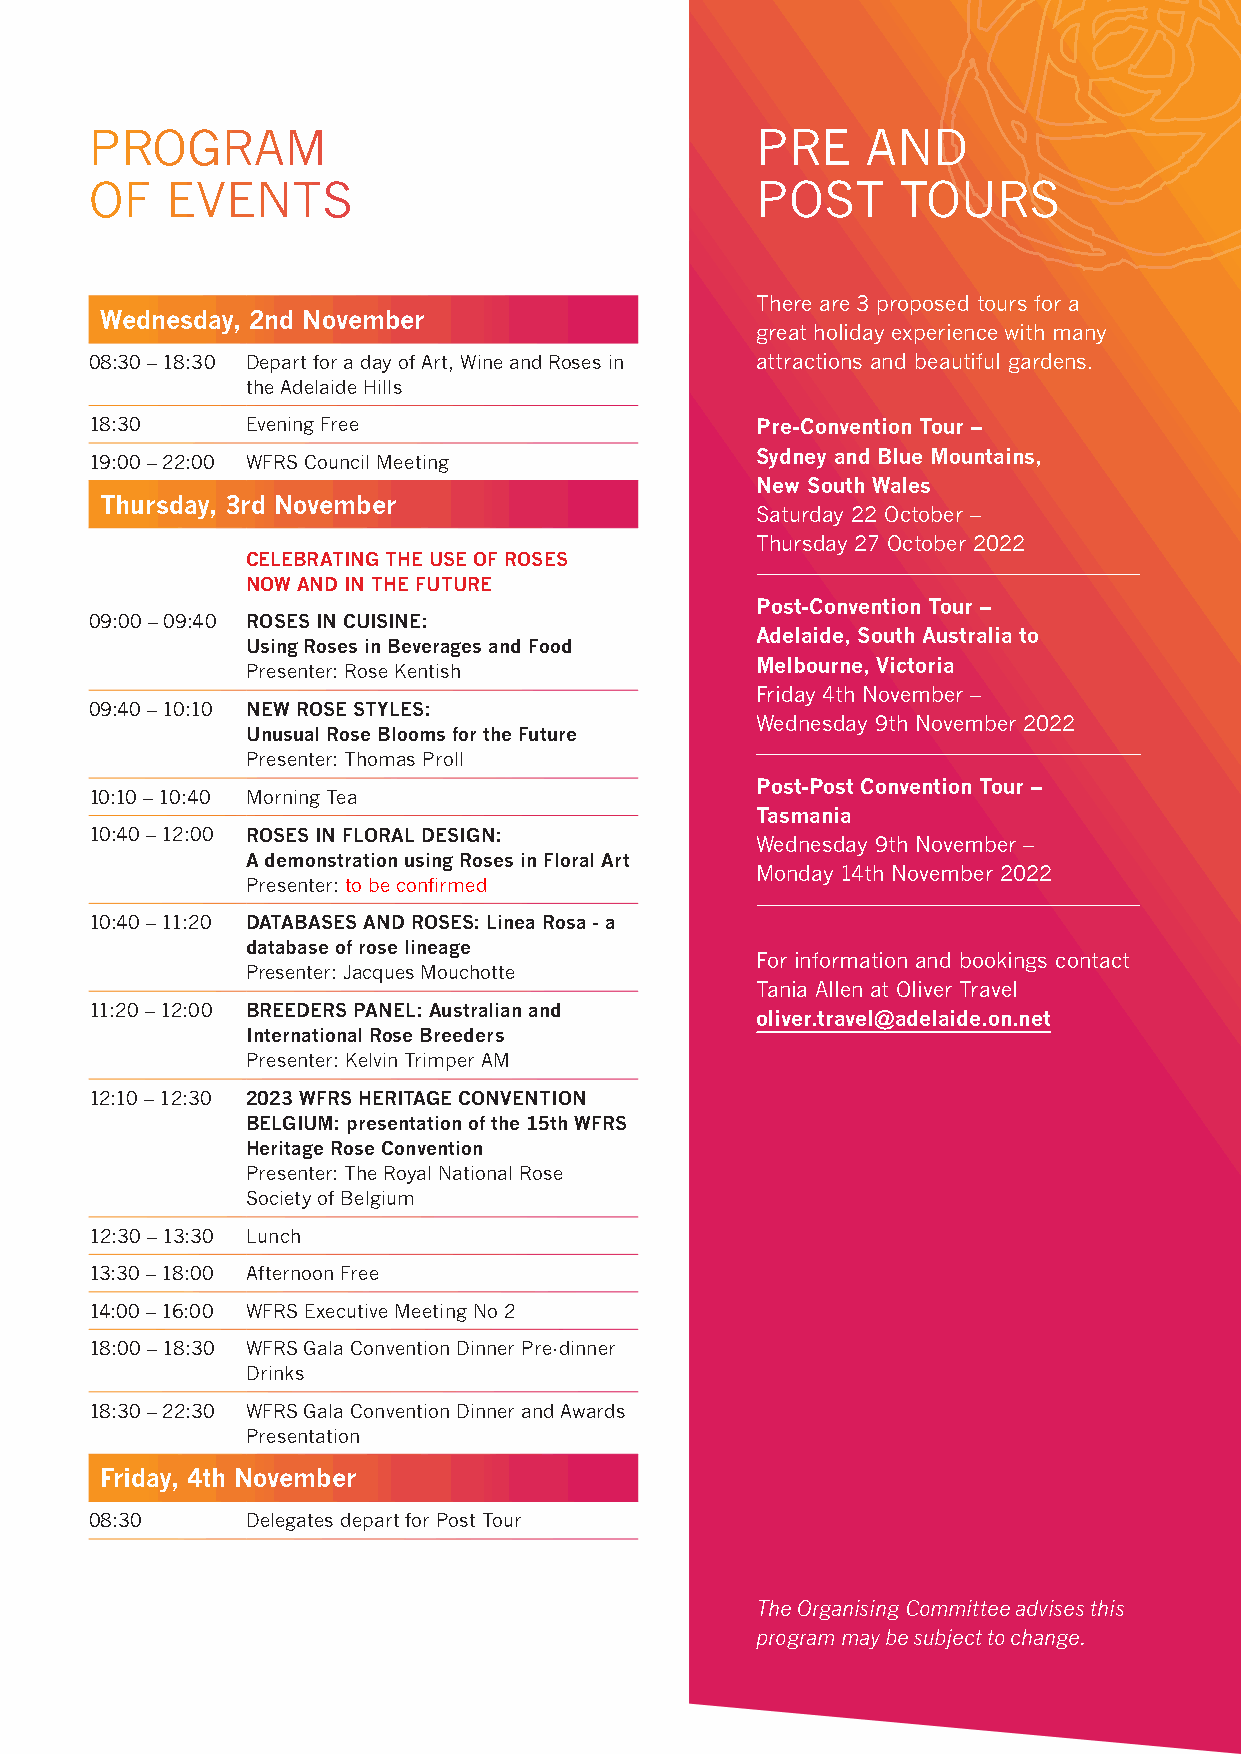
PROGRAM                                     PRE    AND
 OF   EVENTS                                 POST     TOURS
 There are 3 proposed tours for a
 Wednesday, 2nd November
 great holiday experience with many
 08:30 – 18:30 Depart for a day of Art, Wine and Roses in attractions and beautiful gardens.
 the Adelaide Hills
 18:30     Evening Free                      Pre-Convention Tour –
 Sydney and Blue Mountains,
 19:00 – 22:00 WFRS Council Meeting
 New South Wales
 Thursday, 3rd November
 Saturday 22 October –
 Thursday 27 October 2022
 CELEBRATING THE USE OF ROSES
 NOW AND IN THE FUTURE
 Post-Convention Tour –
 09:00 – 09:40 ROSES IN CUISINE:
 Adelaide, South Australia to
 Using Roses in Beverages and Food
 Melbourne, Victoria
 Presenter: Rose Kentish
 Friday 4th November –
 09:40 – 10:10 NEW ROSE STYLES:
 Wednesday 9th November 2022
 Unusual Rose Blooms for the Future
 Presenter: Thomas Proll
 Post-Post Convention Tour –
 10:10 – 10:40 Morning Tea
 Tasmania
 10:40 – 12:00 ROSES IN FLORAL DESIGN:
 Wednesday 9th November –
 A demonstration using Roses in Floral Art
 Monday 14th November 2022
 Presenter: to be confirmed
 10:40 – 11:20 DATABASES AND ROSES: Linea Rosa - a
 database of rose lineage
 For information and bookings contact
 Presenter: Jacques Mouchotte
 Tania Allen at Oliver Travel
 11:20 – 12:00 BREEDERS PANEL: Australian and
 oliver.travel@adelaide.on.net
 International Rose Breeders
 Presenter: Kelvin Trimper AM
 12:10 – 12:30 2023 WFRS HERITAGE CONVENTION
 BELGIUM: presentation of the 15th WFRS
 Heritage Rose Convention
 Presenter: The Royal National Rose
 Society of Belgium
 12:30 – 13:30 Lunch
 13:30 – 18:00 Afternoon Free
 14:00 – 16:00 WFRS Executive Meeting No 2
 18:00 – 18:30 WFRS Gala Convention Dinner Pre-dinner
 Drinks
 18:30 – 22:30 WFRS Gala Convention Dinner and Awards
 Presentation
 Friday, 4th November
 08:30     Delegates depart for Post Tour
 The Organising Committee advises this
 program may be subject to change.